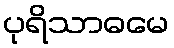
ပုရိသာဓမေ